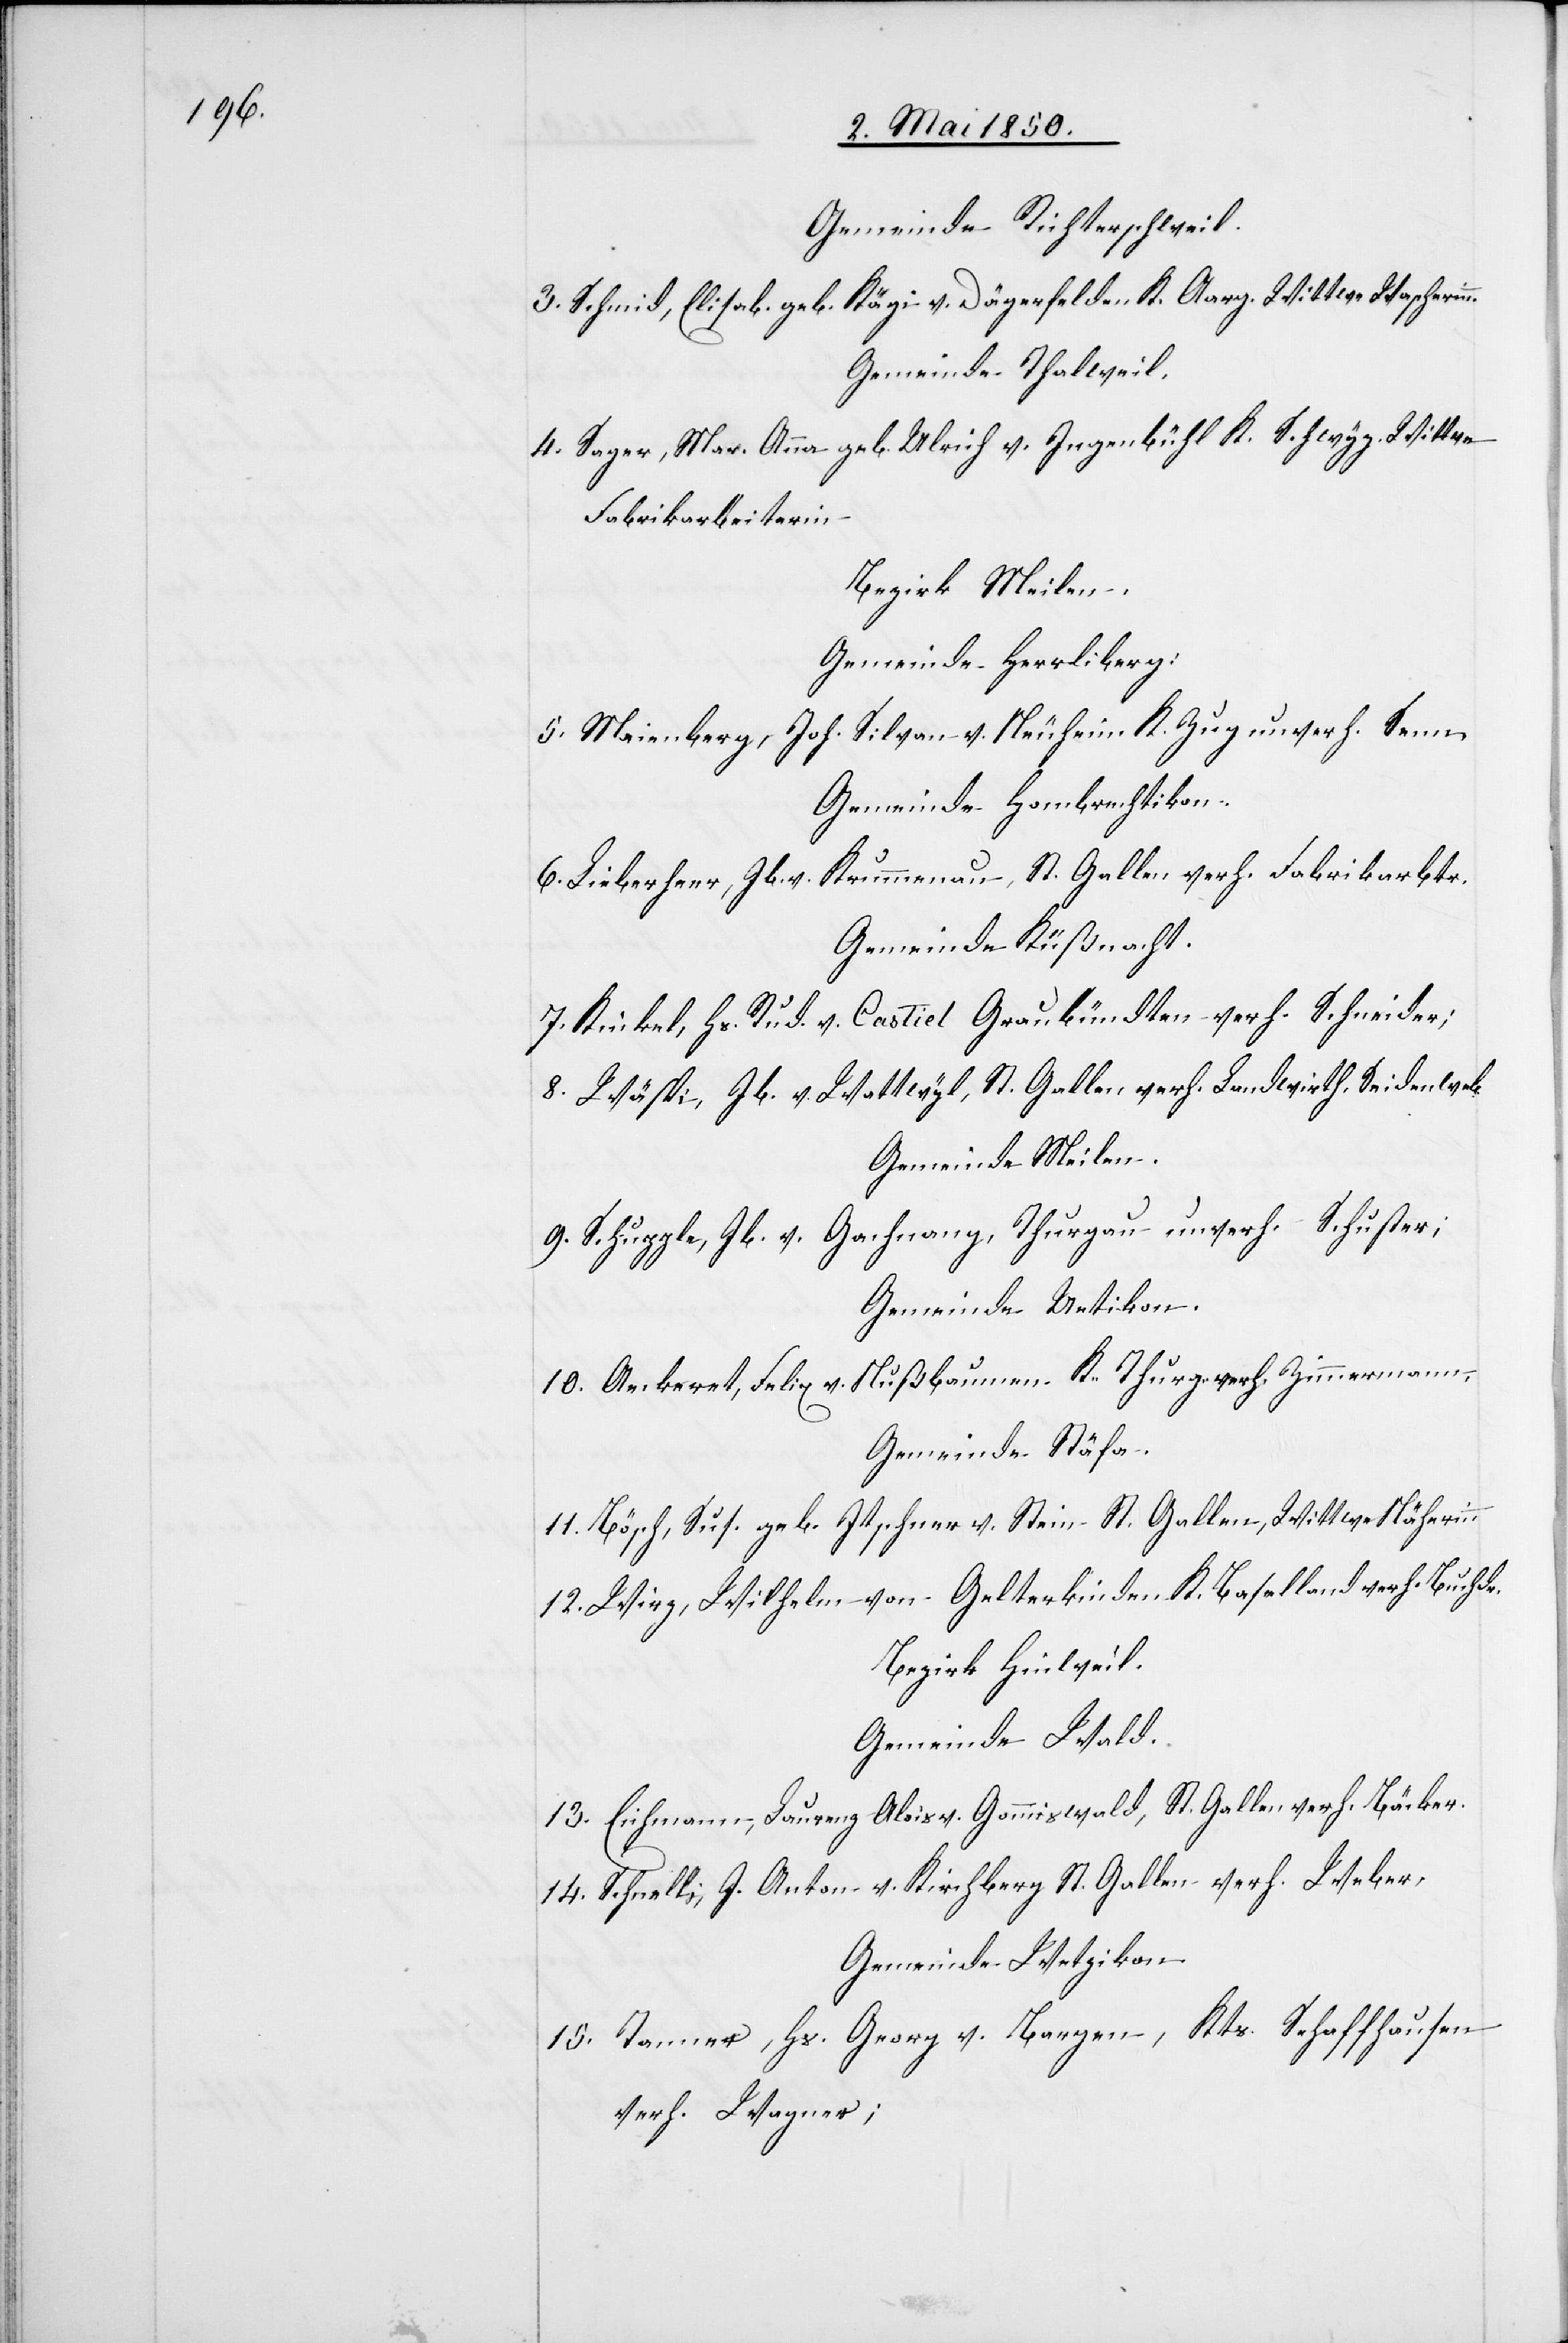
Gemeinde Richterschweil.
3. Schmid, Elisab. geb. Kägi v. Dägerfelden K. Aarg. Wittwe Wascherin¬
Gemeinde Thalweil.
4. Sager, Mar. Anna geb. Ulrich v. Ingenbühl K. Schwyz Wittwe
Fabrikarbeiterin
Bezirk Meilen.
Gemeinde Herrliberg:
5. Maienberg, Joh. Silvan v. Neuheim K. Zug unverh. Senn
Gemeinde Hombrechtikon.
6. Lieberherr, Jb. v. Krummenau, St. Gallen, verh. Fabrkarbtr.
Gemeinde Küßnacht.
Castiel Graubündten verh. Schneider;
n.
7. Kinkel, Hs. Rud.
8. Wäspi, Jb. v. Wattwyl, St. Gallen verh. Landwirth, Seidenweb.
Gemeinde Meilen.
9. Schupple, Jb. v. Gachnang, Thurgau unverh. Schuster;
Gemeinde Uetikon.
10. Aeckeret, Felix v. Nußbaumen K. Thurg. verh. Zimmermann,
Gemeinde Stäfa.
11. Bösch, Sus. geb. Itschner v. Stein St. Gallen, Wittwe Näherinn
12. Wirz, Wilhelm von Gelterkinden K. Baselland verh. Buchdr.
Bezirk Hinweil.
Gemeinde Wald.
13. Eichmann, Laurenz Alois v. Gommiswald, St. Gallen verh. Bäcker.
14. Schnells, J. Anton v. Kirchberg St. Gallen verh. Weber,
Gemeinde Wetzikon.
15. Tanner, Hs. Georg v. Bargen, Kts. Schaffhausen
verh. Wagner;